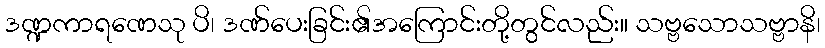
ဒဏ္ဍကာရဏေသု ပိ၊ ဒဏ်ပေးခြင်း၏အကြောင်းတို့တွင်လည်း။ သဗ္ဗသောသဗ္ဗာနိ၊